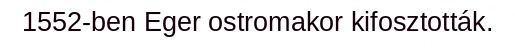
1552-ben Eger ostromakor kifosztották.